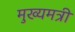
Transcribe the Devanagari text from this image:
मुख्यमत्री